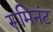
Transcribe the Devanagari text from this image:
रूमिनंट